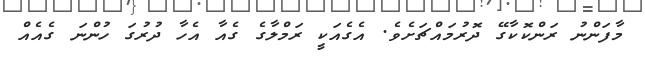
މާފަންނު ރަންކޮކާގޭ ދޮރުމައްޗަށެވެ. އެގެއަކީ ރަމްލާގެ ގެއާ އެހާ ދުރުގަ ހުންނަ ގެއެއް